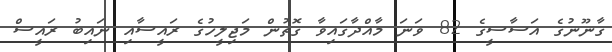
ގާނޫނުގެ އަސާސީގެ 82 ވަނަ މާއްދާގައިވާ ގޮތުން މަޖިލީހުގެ ރައީސާއި ނައިބު ރައީސް